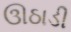
ઊઠાડી